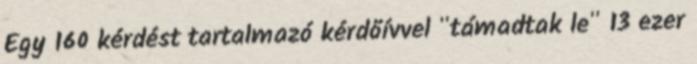
Egy 160 kérdést tartalmazó kérdőívvel "támadtak le" 13 ezer